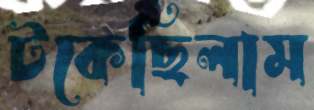
টকেছিলাম